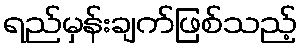
ရည်မှန်းချက်ဖြစ်သည့်